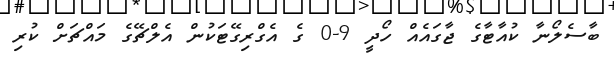
ބާސެލޯނާ ކުއާޓާގެ ޖާގައެއް ހޯދީ 9-0 ގެ އެގްރިގޭޓަކުން އެލްޗޭގެ މައްޗަށް ކުރި